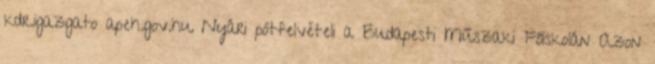
kdr.igazgato apeh.gov.hu Nyári pótfelvételi a Budapesti Műszaki Főiskolán Azon